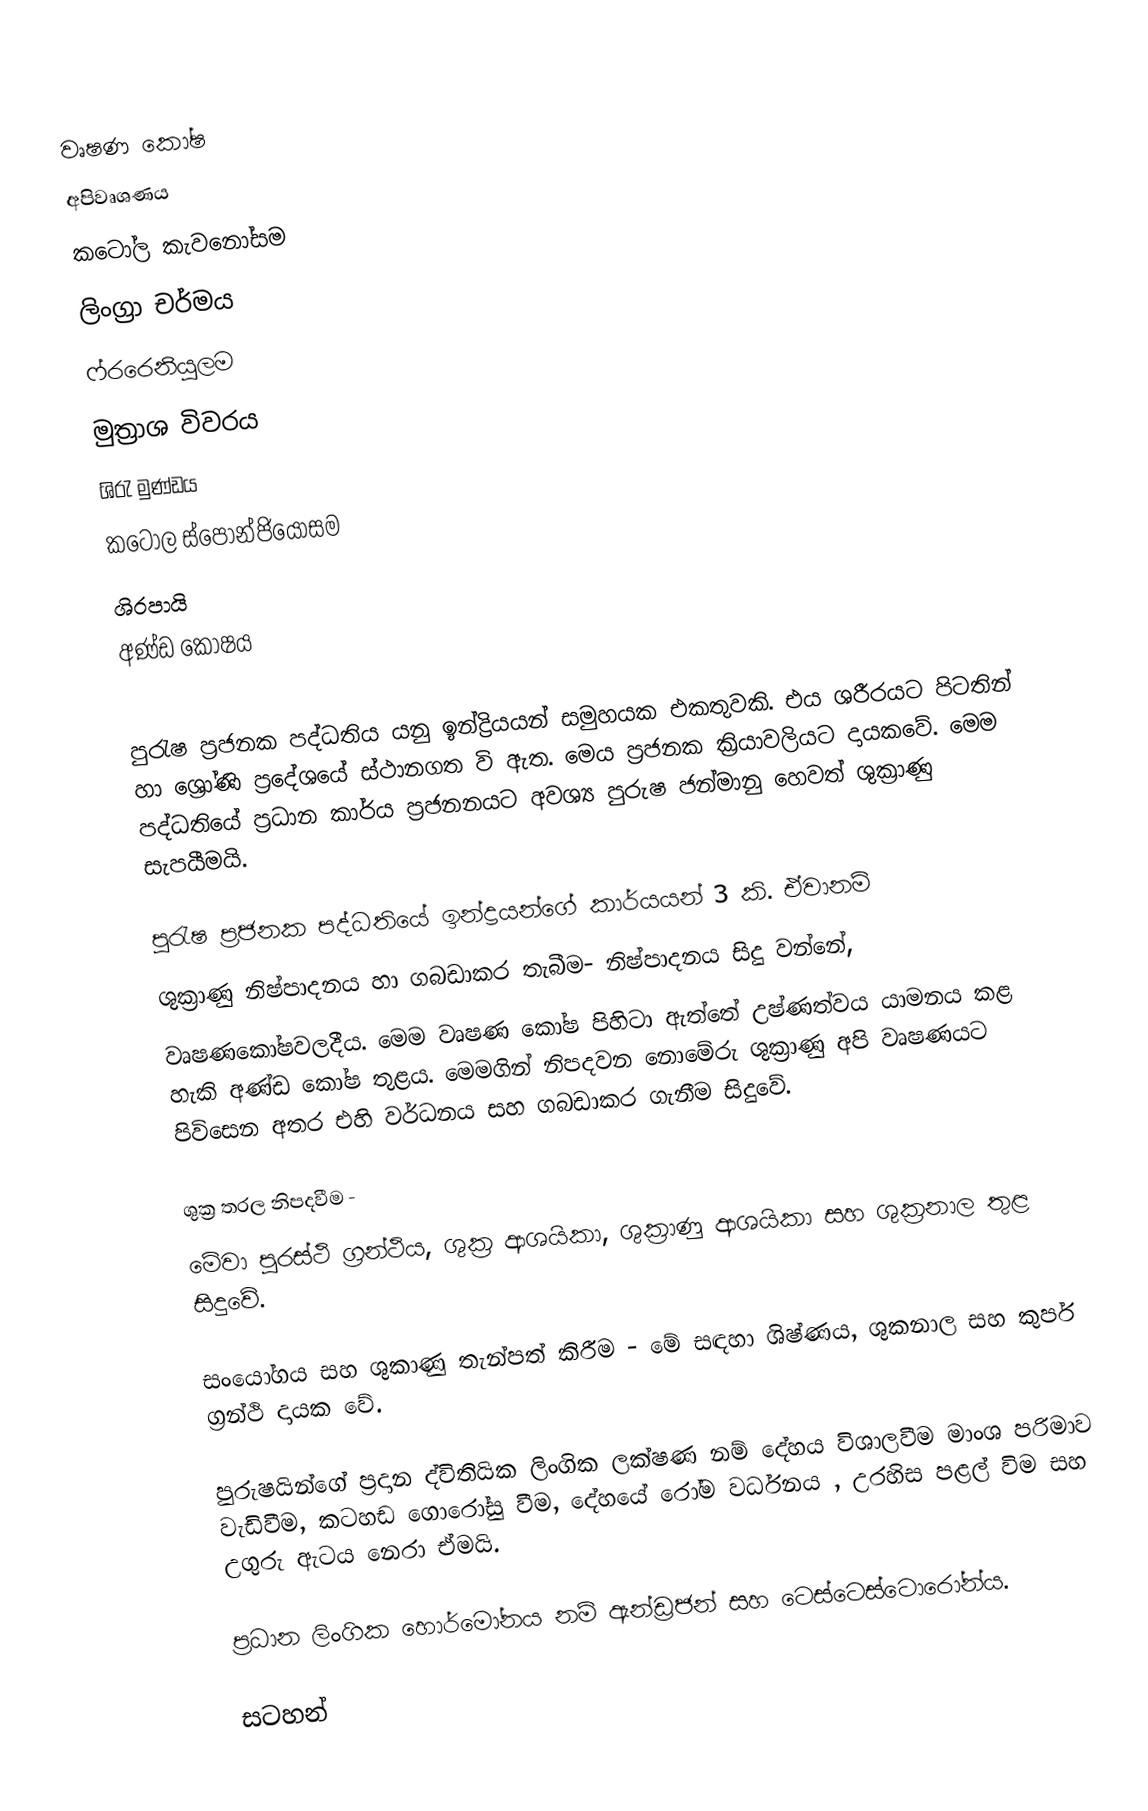
වෘෂණ කෝෂ
  අපිවෘශණය
  කටෝල කැවනෝසම
  ලිංග්‍රා චර්මය
  ෆ්රරෙනියුලම
  මුත්‍රාශ විවරය
  ශිරැ මුණ්ඩය
  කටෝල ස්පොන්ජියොසම
 ශිරපායි
  අණ්ඩ කෝෂය

පුරැෂ ප්‍රජනක පද්ධතිය යනු ඉන්ද්‍රියයන් සමුහයක එකතුවකි. එය ශරීරයට පිටතින් හා ශ්‍රෝණි ප්‍රදේශයේ ස්ථානගත වි ඇත. මෙය ප්‍රජනක ක්‍රියාවලියට දායකවේ. මෙම පද්ධතියේ ප්‍රධාන කාර්ය ප්‍රජනනයට අවශ්‍ය පුරුෂ ජන්මානු හෙවත් ශුක්‍රාණු සැපයීමයි.

පුරැෂ ප්‍රජනක පද්ධතියේ ඉන්ද්‍රයන්ගේ කාර්යයන් 3 කි. ඒවානම්
	ශුක්‍රාණු නිෂ්පාදනය හා ගබඩාකර තැබීම- නිෂ්පාදනය සිදු වන්නේ,
වෘෂණකෝෂවලදීය. මෙම වෘෂණ කෝෂ පිහිටා ඇත්තේ උෂ්ණත්වය යාමනය කළ හැකි අණ්ඩ කෝෂ තුළය. මෙමගින් නිපදවන නොමේරු ශුක්‍රාණු අපි වෘෂණයට පිවිසෙන අතර එහි වර්ධනය සහ ගබඩාකර ගැනීම සිදුවේ.

	ශුක්‍ර තරල නිපදවීම -
මේවා පුරස්ථි ග්‍රන්ථිය, ශුක්‍ර ආශයිකා, ශුක්‍රාණු ආශයිකා සහ ශුක්‍රනාල තුළ සිදුවේ.

	සංයෝගය සහ ශුකාණු තැන්පත් කිරීම - මේ සඳහා ශිෂ්ණය, ශුකනාල සහ කුපර් ග්‍රන්ථි දායක වේ.

පුරුෂයින්ගේ ප්‍රදාන ද්විතියික ලිංගික ලක්ෂණ නම් දේහය විශාලවීම මාංශ පරිමාව වැඩිවීම, කටහඩ ගොරෝසු වීම, දේහයේ රෝම වර්ධනය , උරහිස පළල් විම සහ උගුරු ඇටය නෙරා ඒමයි.

ප්‍රධාන ලිංගික හොර්මෝනය නම් ඇන්ඩ්‍රජන් සහ ටෙස්ටෙස්ටොරෝන්ය.

සටහන්